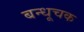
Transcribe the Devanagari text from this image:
बन्धूचक